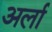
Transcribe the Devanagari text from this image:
अर्ला